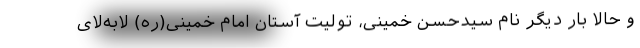
و حالا بار دیگر نام سیدحسن خمینی، تولیت آستان امام خمینی(ره) لابه‌لای